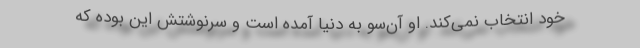
خود انتخاب نمی‌کند. او آن‌سو به دنیا آمده است و سرنوشتش این بوده که